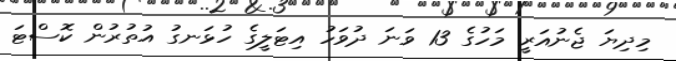
މިދިޔަ ޖެނުއަރީ މަހުގެ 13 ވަނަ ދުވަހު އިޓަލީގެ ހުޅަނގު އުތުރުން ކޮސްޓަ